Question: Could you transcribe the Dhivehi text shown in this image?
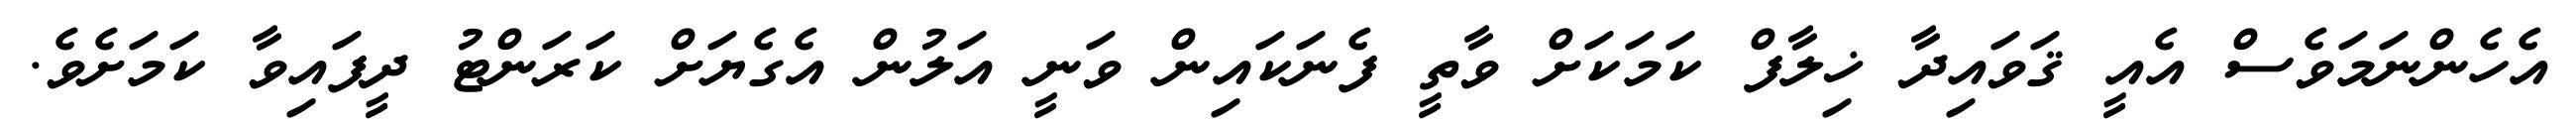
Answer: އެހެންނަމަވެސް އެއީ ޤަވައިދާ ޚިލާފް ކަމަކަށް ވާތީ ފެނަކައިން ވަނީ އަލުން އެގެޔަށް ކަރަންޓު ދީފައިވާ ކަމަށެވެ.